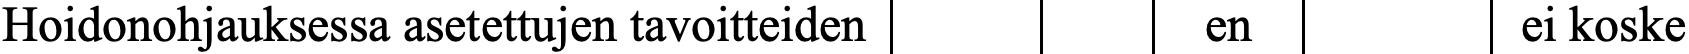
Hoidonohjauksessa asetettujen tavoitteiden en     ei koske